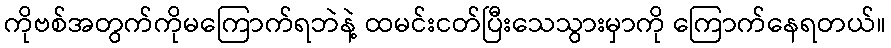
ကိုဗစ်အတွက်ကိုမကြောက်ရဘဲနဲ့ ထမင်းငတ်ပြီးသေသွားမှာကို ကြောက်နေရတယ်။